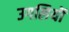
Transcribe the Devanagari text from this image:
उगलियॊं